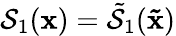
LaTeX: \mathcal{S}_{1}(\mathbf{{x}})=\tilde{{\mathcal{S}}}_{1}(\mathbf{{\tilde{{x}}}})